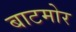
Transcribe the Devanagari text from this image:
बाटमोर